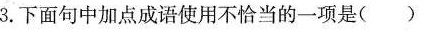
3.下面句中加点成语使用不恰当的一项是()